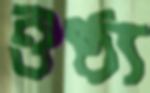
ঔষ্ঠ্য